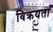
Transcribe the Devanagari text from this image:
विक्रयता